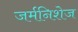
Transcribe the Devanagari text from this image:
जर्मनिशेज